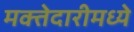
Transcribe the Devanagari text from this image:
मक्तेदारीमध्ये